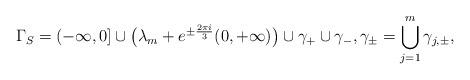
LaTeX: \begin{align*}\Gamma_{S}=(-\infty,0]\cup \big(\lambda_{m}+e^{\pm \frac{2\pi i}{3}} (0,+\infty)\big)\cup \gamma_{+}\cup \gamma_{-}, \gamma_{\pm} = \bigcup_{j=1}^{m} \gamma_{j,\pm},\end{align*}